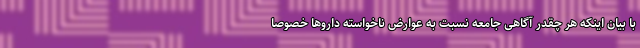
با بیان اینکه هر چقدر آگاهی جامعه نسبت به عوارض ناخواسته داروها خصوصا